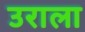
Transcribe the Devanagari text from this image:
उराला